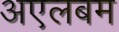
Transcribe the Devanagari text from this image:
अएलबम